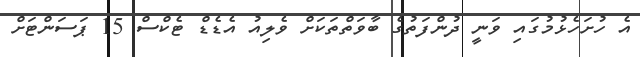
އެ ހުށަހެޅުމުގައި ވަނީ ދުންފަތުގެ ބާވަތްތަކަށް ވެލިއު އެޑެޑް ޓެކްސް 15 ޕަސަންޓަށް